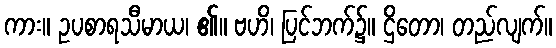
ကား။ ဥပစာရသီမာယ၊ ၏။ ဗဟိ၊ ပြင်ဘက်၌။ ဌိတော၊ တည်လျက်။